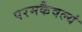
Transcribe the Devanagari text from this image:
परमकैवल्यं